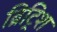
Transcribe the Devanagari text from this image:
ब्रिट्रिश